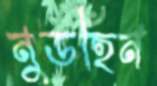
নুডহিন